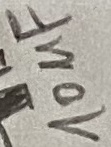
Text: 10uF